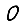
Digit: 0